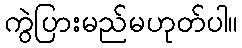
ကွဲပြားမည်မဟုတ်ပါ။